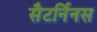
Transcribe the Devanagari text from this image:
सैटर्निनस